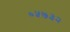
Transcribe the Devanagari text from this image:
०५७३२